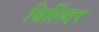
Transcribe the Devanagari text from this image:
बिलिंदर